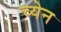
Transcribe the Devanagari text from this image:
च्येन